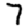
Digit: 7